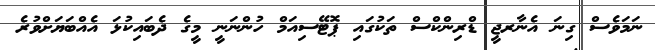
ނަމަވެސް ގިނަ އެނާރޖީ ޑްރިންކްސް ތަކުގައި ޕޮޓޭސިއަމް ހުންނަނީ މީގެ ދެބައިކުޅަ އެއްބަޔަށްވުރެ